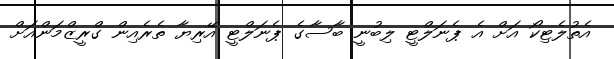
އެތުލެޓިކޯ އަށް އެ ޕެނަލްޓީ ލިބުނީ ބާސާގެ ޕެނަލްޓީ އޭރިޔާ ތެރެއިން ގްރީޒްމަންއަށް